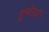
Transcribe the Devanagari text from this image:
कुबेरानें